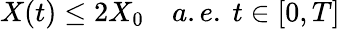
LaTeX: X(t)\le 2X_{0}\quad a.e.\ t\in[0,T]